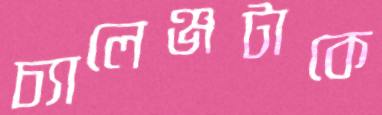
চ্যালেঞ্জটাকে